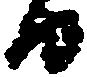
日